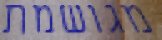
מגושמת